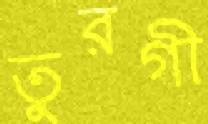
তুরগী